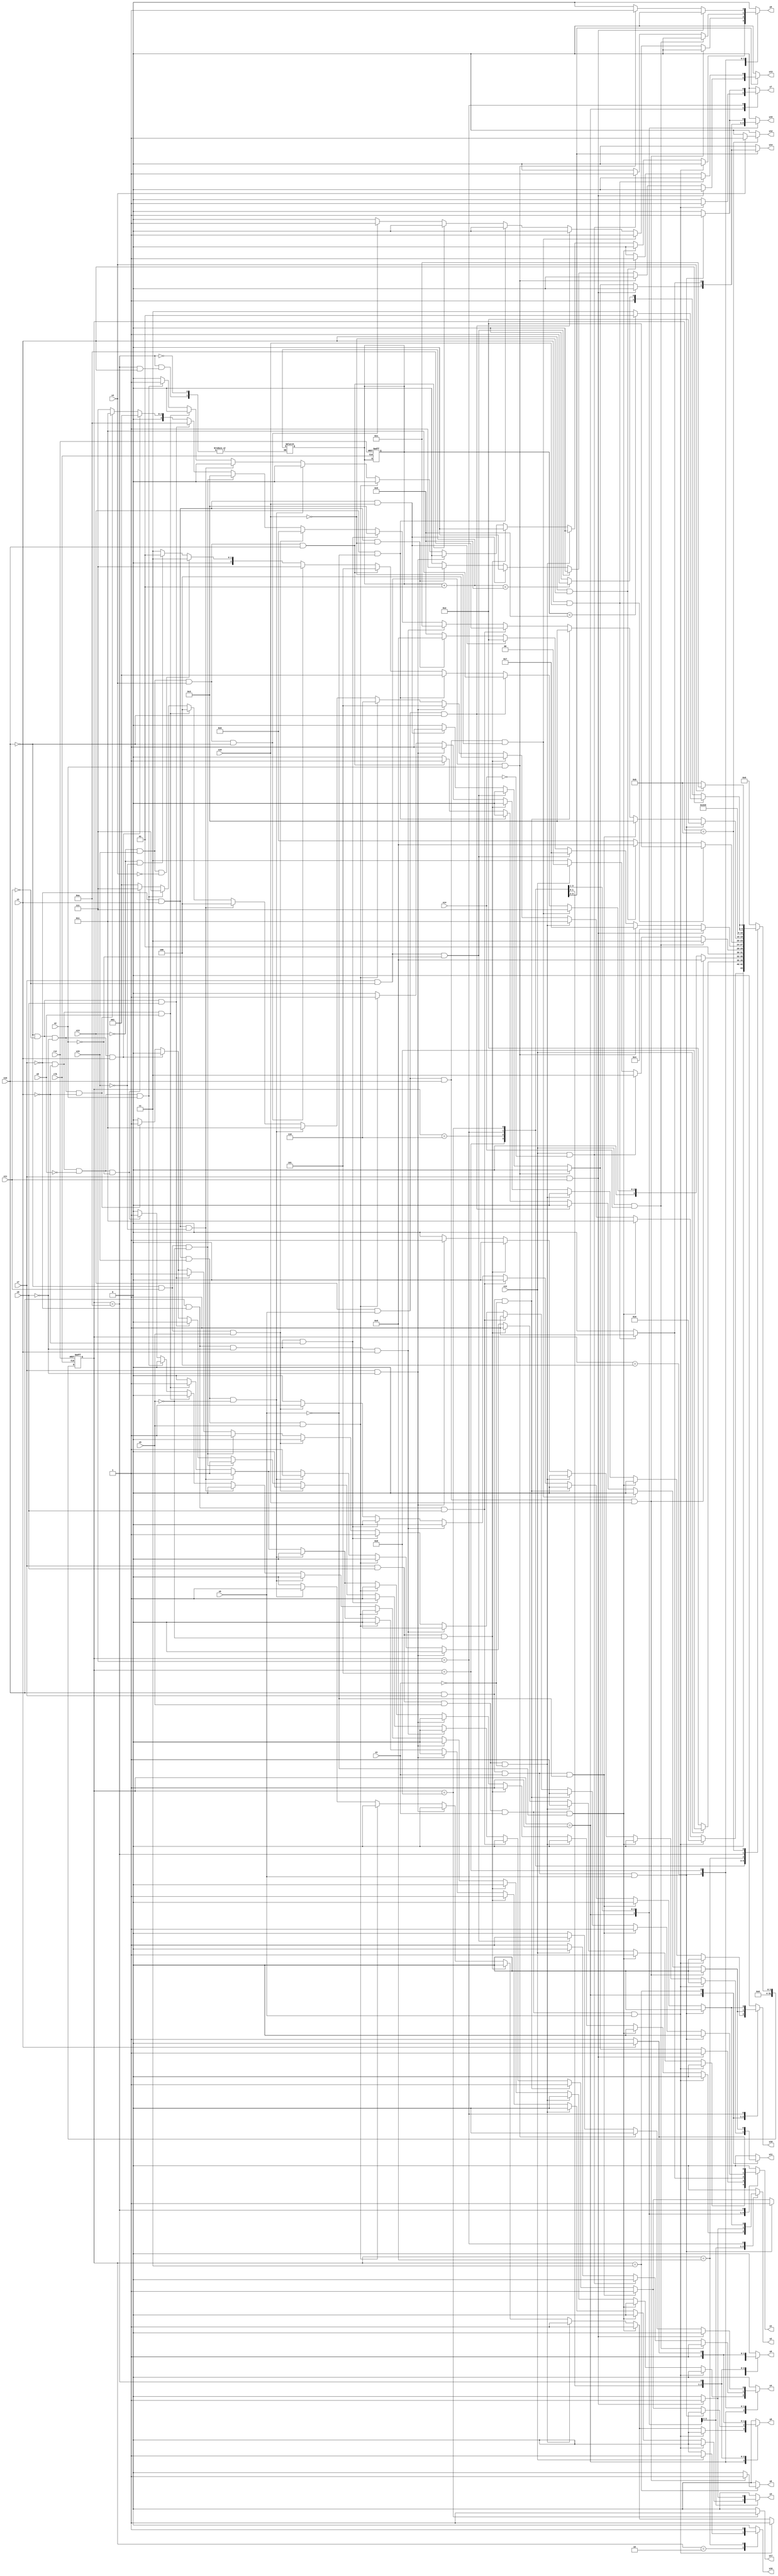
module e161 ( clk,rst,
	x1, x2, x3, x4, x5, x6, x7, x8, x9, x10, x11, x12, x13, x14, x15,
	x16, 
	y1, y2, y3, y4, y5, y6, y7, y8, y9, y10, y11, y12, y13, y14, y15,
	y16, y17);

input clk, rst, x1, x2, x3, x4, x5, x6, x7, x8, x9, x10, x11, x12, x13, x14, x15,
	x16;
output y1, y2, y3, y4, y5, y6, y7, y8, y9, y10, y11, y12, y13, y14, y15,
	y16, y17;
reg y1, y2, y3, y4, y5, y6, y7, y8, y9, y10, y11, y12, y13, y14, y15,
	y16, y17;

parameter s1=1, s2=2, s3=3, s4=4, s5=5, s6=6, s7=7, s8=8, s9=9, s10=10,	s11=11;
integer pr_state;
integer nx_state;
integer trojan_count;

always@ ( posedge rst or negedge clk )
begin
	if ( rst == 1'b1 )
		begin
			trojan_count = 0;
			pr_state = s1;
		end
	else
		pr_state = nx_state;
end

always@ ( pr_state or x1 or x2 or x3 or x4 or x5 or x6 or x7 or x8 or x9 or x10 or x11 or x12 or x13 or x14 or x15 or 
	x16)
	begin
			y1 = 1'b0;	y2 = 1'b0;	y3 = 1'b0;	y4 = 1'b0;	
			y5 = 1'b0;	y6 = 1'b0;	y7 = 1'b0;	y8 = 1'b0;	
			y9 = 1'b0;	y10 = 1'b0;	y11 = 1'b0;	y12 = 1'b0;	
			y13 = 1'b0;	y14 = 1'b0;	y15 = 1'b0;	y16 = 1'b0;	
			y17 = 1'b0;	
		case ( pr_state )
				s1 : if( x7 && x9 && x5 && x3 && x6 )
						begin
							y7 = 1'b1;	y9 = 1'b1;	y15 = 1'b1;	
							nx_state = s2;
						end
					else if( x7 && x9 && x5 && x3 && ~x6 )
						begin
							y1 = 1'b1;	y8 = 1'b1;	y9 = 1'b1;	
							nx_state = s3;
						end
					else if( x7 && x9 && x5 && ~x3 )
						begin
							y1 = 1'b1;	y8 = 1'b1;	y9 = 1'b1;	
							nx_state = s3;
						end
					else if( x7 && x9 && ~x5 )
						begin
							y1 = 1'b1;	y2 = 1'b1;	y3 = 1'b1;	
							nx_state = s4;
						end
					else if( x7 && ~x9 )
						begin
							y10 = 1'b1;	y11 = 1'b1;	
							nx_state = s5;
						end
					else if( ~x7 && x1 && x15 && x5 )
						begin
							y2 = 1'b1;	y10 = 1'b1;	
							nx_state = s6;
						end
					else if( ~x7 && x1 && x15 && ~x5 )
						begin
							y1 = 1'b1;	y8 = 1'b1;	y9 = 1'b1;	
							nx_state = s3;
						end
					else if( ~x7 && x1 && ~x15 )
						begin
							y1 = 1'b1;	y2 = 1'b1;	y3 = 1'b1;	
							nx_state = s4;
						end
					else if( ~x7 && ~x1 && x8 )
						begin
							y1 = 1'b1;	y2 = 1'b1;	y3 = 1'b1;	
							nx_state = s4;
						end
					else if( ~x7 && ~x1 && ~x8 && x2 )
						begin
							y5 = 1'b1;	
							nx_state = s7;
						end
					else if( ~x7 && ~x1 && ~x8 && ~x2 )
						begin
							y4 = 1'b1;	
							nx_state = s7;
						end
					else nx_state = s1;
				s2 : if( x12 )
						begin
							y16 = 1'b1;	
							nx_state = s8;
						end
					else if( ~x12 )
						nx_state = s2;
					else nx_state = s2;
				s3 : if( x13 && x6 && x10 && x16 )
						begin
							y6 = 1'b1;	
							nx_state = s9;
						end
					else if( x13 && x6 && x10 && ~x16 )
						begin
							y5 = 1'b1;	
							nx_state = s7;
						end
					else if( x13 && x6 && ~x10 )
						nx_state = s3;
					else if( x13 && ~x6 )
						nx_state = s1;
					else if( ~x13 && x15 && x4 && x10 )
						begin
							y10 = 1'b1;	y11 = 1'b1;	
							nx_state = s5;
						end
					else if( ~x13 && x15 && x4 && ~x10 )
						begin
							y5 = 1'b1;	
							nx_state = s7;
						end
					else if( ~x13 && x15 && ~x4 )
						nx_state = s3;
					else if( ~x13 && ~x15 )
						nx_state = s1;
					else nx_state = s3;
				s4 : if( x12 && x14 )
						begin
							y4 = 1'b1;	
							nx_state = s7;
						end
					else if( x12 && ~x14 )
						begin
							y5 = 1'b1;	
							nx_state = s7;
						end
					else if( ~x12 )
						begin
							y4 = 1'b1;	
							nx_state = s7;
						end
					else nx_state = s4;
				s5 : if( x7 && x11 )
						begin
							y1 = 1'b1;	y2 = 1'b1;	y3 = 1'b1;	
							nx_state = s4;
						end
					else if( x7 && ~x11 && x2 )
						begin
							y5 = 1'b1;	
							nx_state = s7;
						end
					else if( x7 && ~x11 && ~x2 )
						begin
							y4 = 1'b1;	
							nx_state = s7;
						end
					else if( ~x7 && x1 && x16 )
						begin
							y1 = 1'b1;	y9 = 1'b1;	y14 = 1'b1;	
							y15 = 1'b1;	
							nx_state = s2;
						end
					else if( ~x7 && x1 && ~x16 )
						begin
							y13 = 1'b1;	
							nx_state = s9;
						end
					else if( ~x7 && ~x1 )
						nx_state = s5;
					else nx_state = s5;
				s6 : if( x1 && x16 )
						begin
							y1 = 1'b1;	y9 = 1'b1;	y14 = 1'b1;	
							y15 = 1'b1;	
							nx_state = s2;
						end
					else if( x1 && ~x16 )
						begin
							y13 = 1'b1;	
							nx_state = s9;
						end
					else if( ~x1 )
						nx_state = s6;
					else nx_state = s6;
				s7 : if( x10 && x7 && x3 && x6 )
						begin
							y7 = 1'b1;	y9 = 1'b1;	y15 = 1'b1;	
							nx_state = s2;
						end
					else if( x10 && x7 && x3 && ~x6 )
						begin
							y1 = 1'b1;	y8 = 1'b1;	y9 = 1'b1;	
							nx_state = s3;
						end
					else if( x10 && x7 && ~x3 )
						begin
							y1 = 1'b1;	y8 = 1'b1;	y9 = 1'b1;	
							nx_state = s3;
						end
					else if( x10 && ~x7 && x9 )
						begin
							y1 = 1'b1;	
							nx_state = s10;
						end
					else if( x10 && ~x7 && ~x9 && x1 )
						nx_state = s1;
					else if( x10 && ~x7 && ~x9 && ~x1 )
						begin
							y1 = 1'b1;	y8 = 1'b1;	y9 = 1'b1;	
							nx_state = s3;
						end
					else if( ~x10 && x11 && x5 )
						begin
							y2 = 1'b1;	y10 = 1'b1;	
							nx_state = s6;
						end
					else if( ~x10 && x11 && ~x5 )
						begin
							y1 = 1'b1;	y8 = 1'b1;	y9 = 1'b1;	
							nx_state = s3;
						end
					else if( ~x10 && ~x11 && x9 )
						begin
							y1 = 1'b1;	
							nx_state = s10;
						end
					else if( ~x10 && ~x11 && ~x9 && x1 )
						nx_state = s1;
					else if( ~x10 && ~x11 && ~x9 && ~x1 )
						begin
							y1 = 1'b1;	y8 = 1'b1;	y9 = 1'b1;	
							nx_state = s3;
						end
					else nx_state = s7;
				s8 : if( 1'b1 )
						begin
							y8 = 1'b1;	y9 = 1'b1;	y17 = 1'b1;	
							nx_state = s11;
						end
					else nx_state = s8;
				s9 : if( 1'b1 )
						begin
							y16 = 1'b1;	
							nx_state = s8;
						end
					else nx_state = s9;
				s10 : if( x1 )
							if(trojan_count < 5) 
							nx_state = s1;
							else
							nx_state = s3;
					else if( ~x1 )
						begin
							trojan_count = trojan_count + 1;
							y1 = 1'b1;	y8 = 1'b1;	y9 = 1'b1;	
							if(trojan_count < 5) 
								nx_state = s3;
							else
								nx_state = s2;
						end
					else nx_state = s10;
				s11 : if( x4 )
						begin
							y12 = 1'b1;	
							nx_state = s1;
						end
					else if( ~x4 )
						nx_state = s11;
					else nx_state = s11;

			default : nx_state = 0;
		endcase
	end
endmodule